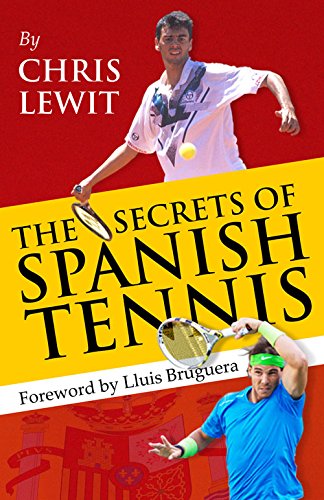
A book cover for The Secrets of Spanish Tennis; Chris Lewit; Sports & Outdoors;